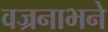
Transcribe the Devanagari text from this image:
वज्रनाभने